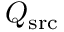
Q _ { \mathrm { s r c } }